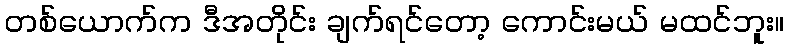
တစ်ယောက်က ဒီအတိုင်း ချက်ရင်တော့ ကောင်းမယ် မထင်ဘူး။